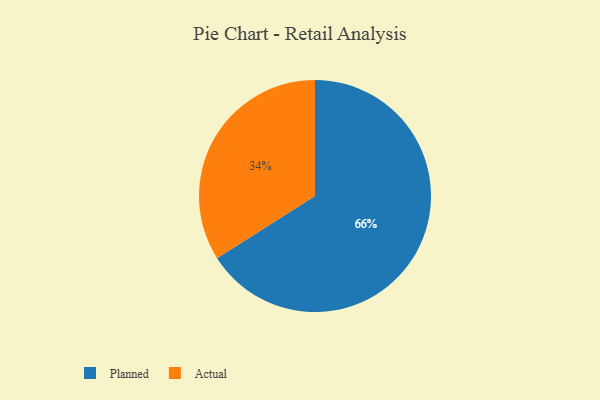
{"axis": {"x": "Category", "y": "Percentage"}, "legend": ["Actual", "Planned"], "data": [{"x": "Planned", "y": 66, "type": "Planned"}, {"x": "Actual", "y": 34, "type": "Actual"}]}